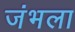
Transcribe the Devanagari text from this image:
जंभला